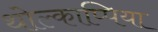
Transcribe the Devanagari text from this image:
थोल्काप्पिया